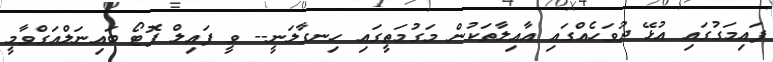
ފައިމަގުގައި އުޅޭ ދުވަހެއްގައި އާއިލާތަކުން މަގުމަތީގައި ހިނގާލަނީ-- ވީ ފައިލް ފޮޓޯ ބައިނަލްއަގްވާމީ